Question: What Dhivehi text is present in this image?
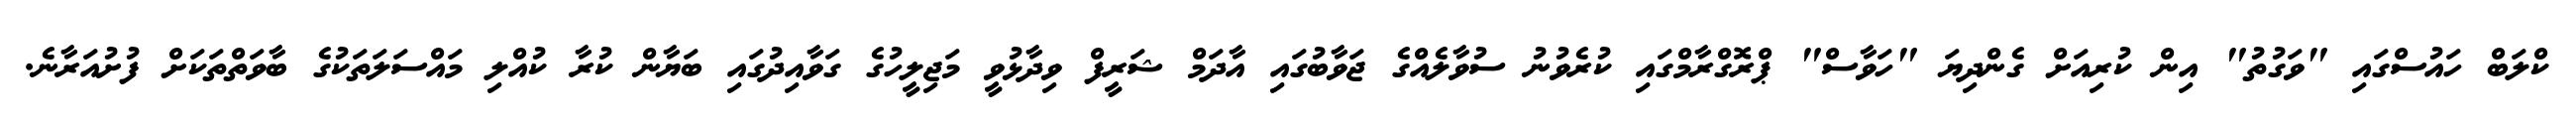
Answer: ކްލަބް ހައުސްގައި "ވަގުތު" އިން ކުރިއަށް ގެންދިޔަ "ހަވާސް" ޕްރޮގްރާމްގައި ކުރެވުނު ސުވާލެއްގެ ޖަވާބުގައި އާދަމް ޝަރީފް ވިދާޅުވީ މަޖިލީހުގެ ގަވާއިދުގައި ބަޔާން ކުރާ ކުއްލި މައްސަލަތަކުގެ ބާވަތްތަކަށް ފުށުއަރާނެ.